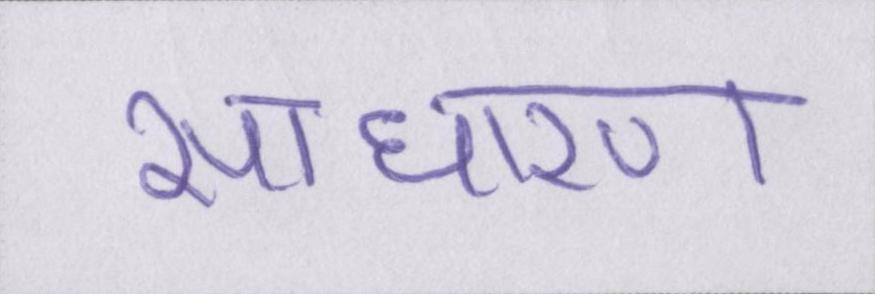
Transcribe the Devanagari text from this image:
साधारण